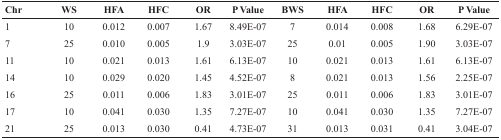
<table><thead><tr><td><b>Chr</b></td><td><b>WS</b></td><td><b>HFA</b></td><td><b>HFC</b></td><td><b>OR</b></td><td><b>P Value</b></td><td><b>BWS</b></td><td><b>HFA</b></td><td><b>HFC</b></td><td><b>OR</b></td><td><b>P Value</b></td></tr></thead><tbody><tr><td>1</td><td>10</td><td>0.012</td><td>0.007</td><td>1.67</td><td>8.49E-07</td><td>7</td><td>0.014</td><td>0.008</td><td>1.68</td><td>6.29E-07</td></tr><tr><td>7</td><td>25</td><td>0.010</td><td>0.005</td><td>1.9</td><td>3.03E-07</td><td>25</td><td>0.01</td><td>0.005</td><td>1.90</td><td>3.03E-07</td></tr><tr><td>11</td><td>10</td><td>0.021</td><td>0.013</td><td>1.61</td><td>6.13E-07</td><td>10</td><td>0.021</td><td>0.013</td><td>1.61</td><td>6.13E-07</td></tr><tr><td>14</td><td>10</td><td>0.029</td><td>0.020</td><td>1.45</td><td>4.52E-07</td><td>8</td><td>0.021</td><td>0.013</td><td>1.56</td><td>2.25E-07</td></tr><tr><td>16</td><td>25</td><td>0.011</td><td>0.006</td><td>1.83</td><td>3.01E-07</td><td>25</td><td>0.011</td><td>0.006</td><td>1.83</td><td>3.01E-07</td></tr><tr><td>17</td><td>10</td><td>0.041</td><td>0.030</td><td>1.35</td><td>7.27E-07</td><td>10</td><td>0.041</td><td>0.030</td><td>1.35</td><td>7.27E-07</td></tr><tr><td>21</td><td>25</td><td>0.013</td><td>0.030</td><td>0.41</td><td>4.73E-07</td><td>31</td><td>0.013</td><td>0.031</td><td>0.41</td><td>3.04E-07</td></tr></tbody></table>